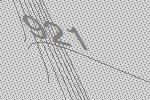
921